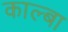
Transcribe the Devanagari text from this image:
काल्बा